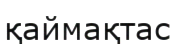
қаймақтас